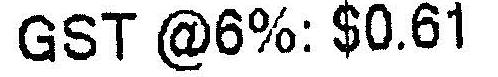
GST @6%: $0.61